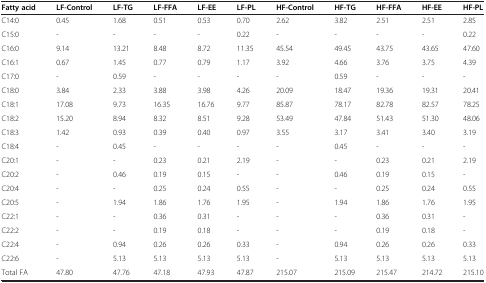
<table><thead><tr><td><b>Fatty acid</b></td><td><b>LF-Control</b></td><td><b>LF-TG</b></td><td><b>LF-FFA</b></td><td><b>LF-EE</b></td><td><b>LF-PL</b></td><td><b>HF-Control</b></td><td><b>HF-TG</b></td><td><b>HF-FFA</b></td><td><b>HF-EE</b></td><td><b>HF-PL</b></td></tr></thead><tbody><tr><td>C14:0</td><td>0.45</td><td>1.68</td><td>0.51</td><td>0.53</td><td>0.70</td><td>2.62</td><td>3.82</td><td>2.51</td><td>2.51</td><td>2.85</td></tr><tr><td>C15:0</td><td>-</td><td>-</td><td>-</td><td>-</td><td>0.22</td><td>-</td><td>-</td><td>-</td><td>-</td><td>0.22</td></tr><tr><td>C16:0</td><td>9.14</td><td>13.21</td><td>8.48</td><td>8.72</td><td>11.35</td><td>45.54</td><td>49.45</td><td>43.75</td><td>43.65</td><td>47.60</td></tr><tr><td>C16:1</td><td>0.67</td><td>1.45</td><td>0.77</td><td>0.79</td><td>1.17</td><td>3.92</td><td>4.66</td><td>3.76</td><td>3.75</td><td>4.39</td></tr><tr><td>C17:0</td><td>-</td><td>0.59</td><td>-</td><td>-</td><td>-</td><td>-</td><td>0.59</td><td>-</td><td>-</td><td>-</td></tr><tr><td>C18:0</td><td>3.84</td><td>2.33</td><td>3.88</td><td>3.98</td><td>4.26</td><td>20.09</td><td>18.47</td><td>19.36</td><td>19.31</td><td>20.41</td></tr><tr><td>C18:1</td><td>17.08</td><td>9.73</td><td>16.35</td><td>16.76</td><td>9.77</td><td>85.87</td><td>78.17</td><td>82.78</td><td>82.57</td><td>78.25</td></tr><tr><td>C18:2</td><td>15.20</td><td>8.94</td><td>8.32</td><td>8.51</td><td>9.28</td><td>53.49</td><td>47.84</td><td>51.43</td><td>51.30</td><td>48.06</td></tr><tr><td>C18:3</td><td>1.42</td><td>0.93</td><td>0.39</td><td>0.40</td><td>0.97</td><td>3.55</td><td>3.17</td><td>3.41</td><td>3.40</td><td>3.19</td></tr><tr><td>C18:4</td><td>-</td><td>0.45</td><td>-</td><td>-</td><td>-</td><td>-</td><td>0.45</td><td>-</td><td>-</td><td>-</td></tr><tr><td>C20:1</td><td>-</td><td>-</td><td>0.23</td><td>0.21</td><td>2.19</td><td>-</td><td>-</td><td>0.23</td><td>0.21</td><td>2.19</td></tr><tr><td>C20:2</td><td>-</td><td>0.46</td><td>0.19</td><td>0.15</td><td>-</td><td>-</td><td>0.46</td><td>0.19</td><td>0.15</td><td>-</td></tr><tr><td>C20:4</td><td>-</td><td>-</td><td>0.25</td><td>0.24</td><td>0.55</td><td>-</td><td>-</td><td>0.25</td><td>0.24</td><td>0.55</td></tr><tr><td>C20:5</td><td>-</td><td>1.94</td><td>1.86</td><td>1.76</td><td>1.95</td><td>-</td><td>1.94</td><td>1.86</td><td>1.76</td><td>1.95</td></tr><tr><td>C22:1</td><td>-</td><td>-</td><td>0.36</td><td>0.31</td><td>-</td><td>-</td><td>-</td><td>0.36</td><td>0.31</td><td>-</td></tr><tr><td>C22:2</td><td>-</td><td>-</td><td>0.19</td><td>0.18</td><td>-</td><td>-</td><td>-</td><td>0.19</td><td>0.18</td><td>-</td></tr><tr><td>C22:4</td><td>-</td><td>0.94</td><td>0.26</td><td>0.26</td><td>0.33</td><td>-</td><td>0.94</td><td>0.26</td><td>0.26</td><td>0.33</td></tr><tr><td>C22:6</td><td>-</td><td>5.13</td><td>5.13</td><td>5.13</td><td>5.13</td><td>-</td><td>5.13</td><td>5.13</td><td>5.13</td><td>5.13</td></tr><tr><td>Total FA</td><td>47.80</td><td>47.76</td><td>47.18</td><td>47.93</td><td>47.87</td><td>215.07</td><td>215.09</td><td>215.47</td><td>214.72</td><td>215.10</td></tr></tbody></table>